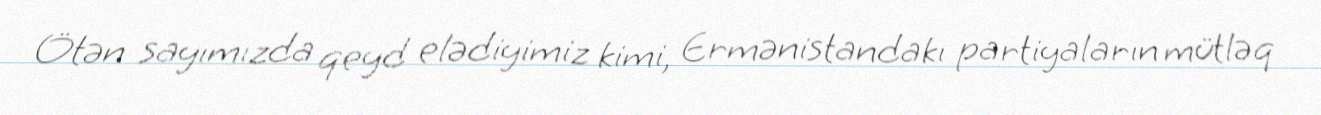
Ötən sayımızda qeyd elədiyimiz kimi, Ermənistandakı partiyaların mütləq